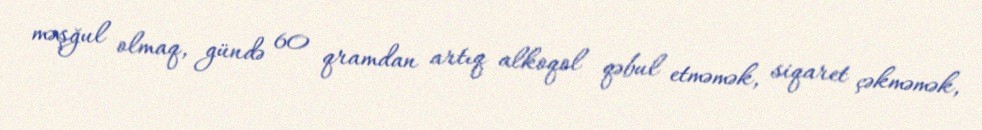
məşğul olmaq, gündə 60 qramdan artıq alkoqol qəbul etməmək, siqaret çəkməmək,